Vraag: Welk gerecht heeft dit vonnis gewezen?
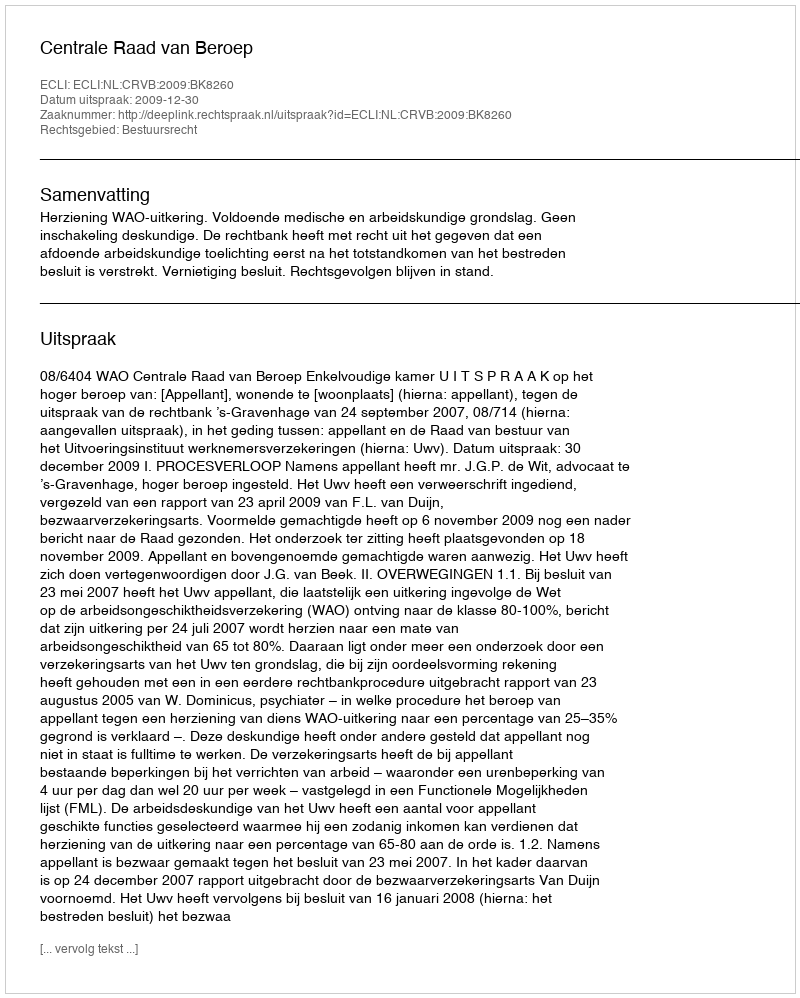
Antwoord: Centrale Raad van Beroep